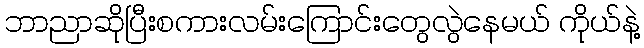
ဘာညာဆိုပြီးစကားလမ်းကြောင်းတွေလွဲနေမယ် ကိုယ်နဲ့